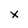
Character: x